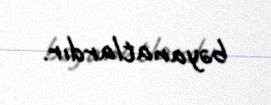
bəyanatlardır.